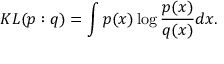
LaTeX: K L ( p : q ) = \int p ( x ) \log { \frac { p ( x ) } { q ( x ) } } d x .